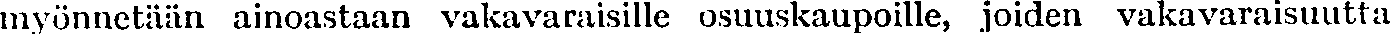
myönnetään ainoastaan vakavaraisille osuuskaupoille, joiden vakavaraisuutta